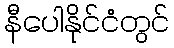
နီပေါနိုင်ငံတွင်